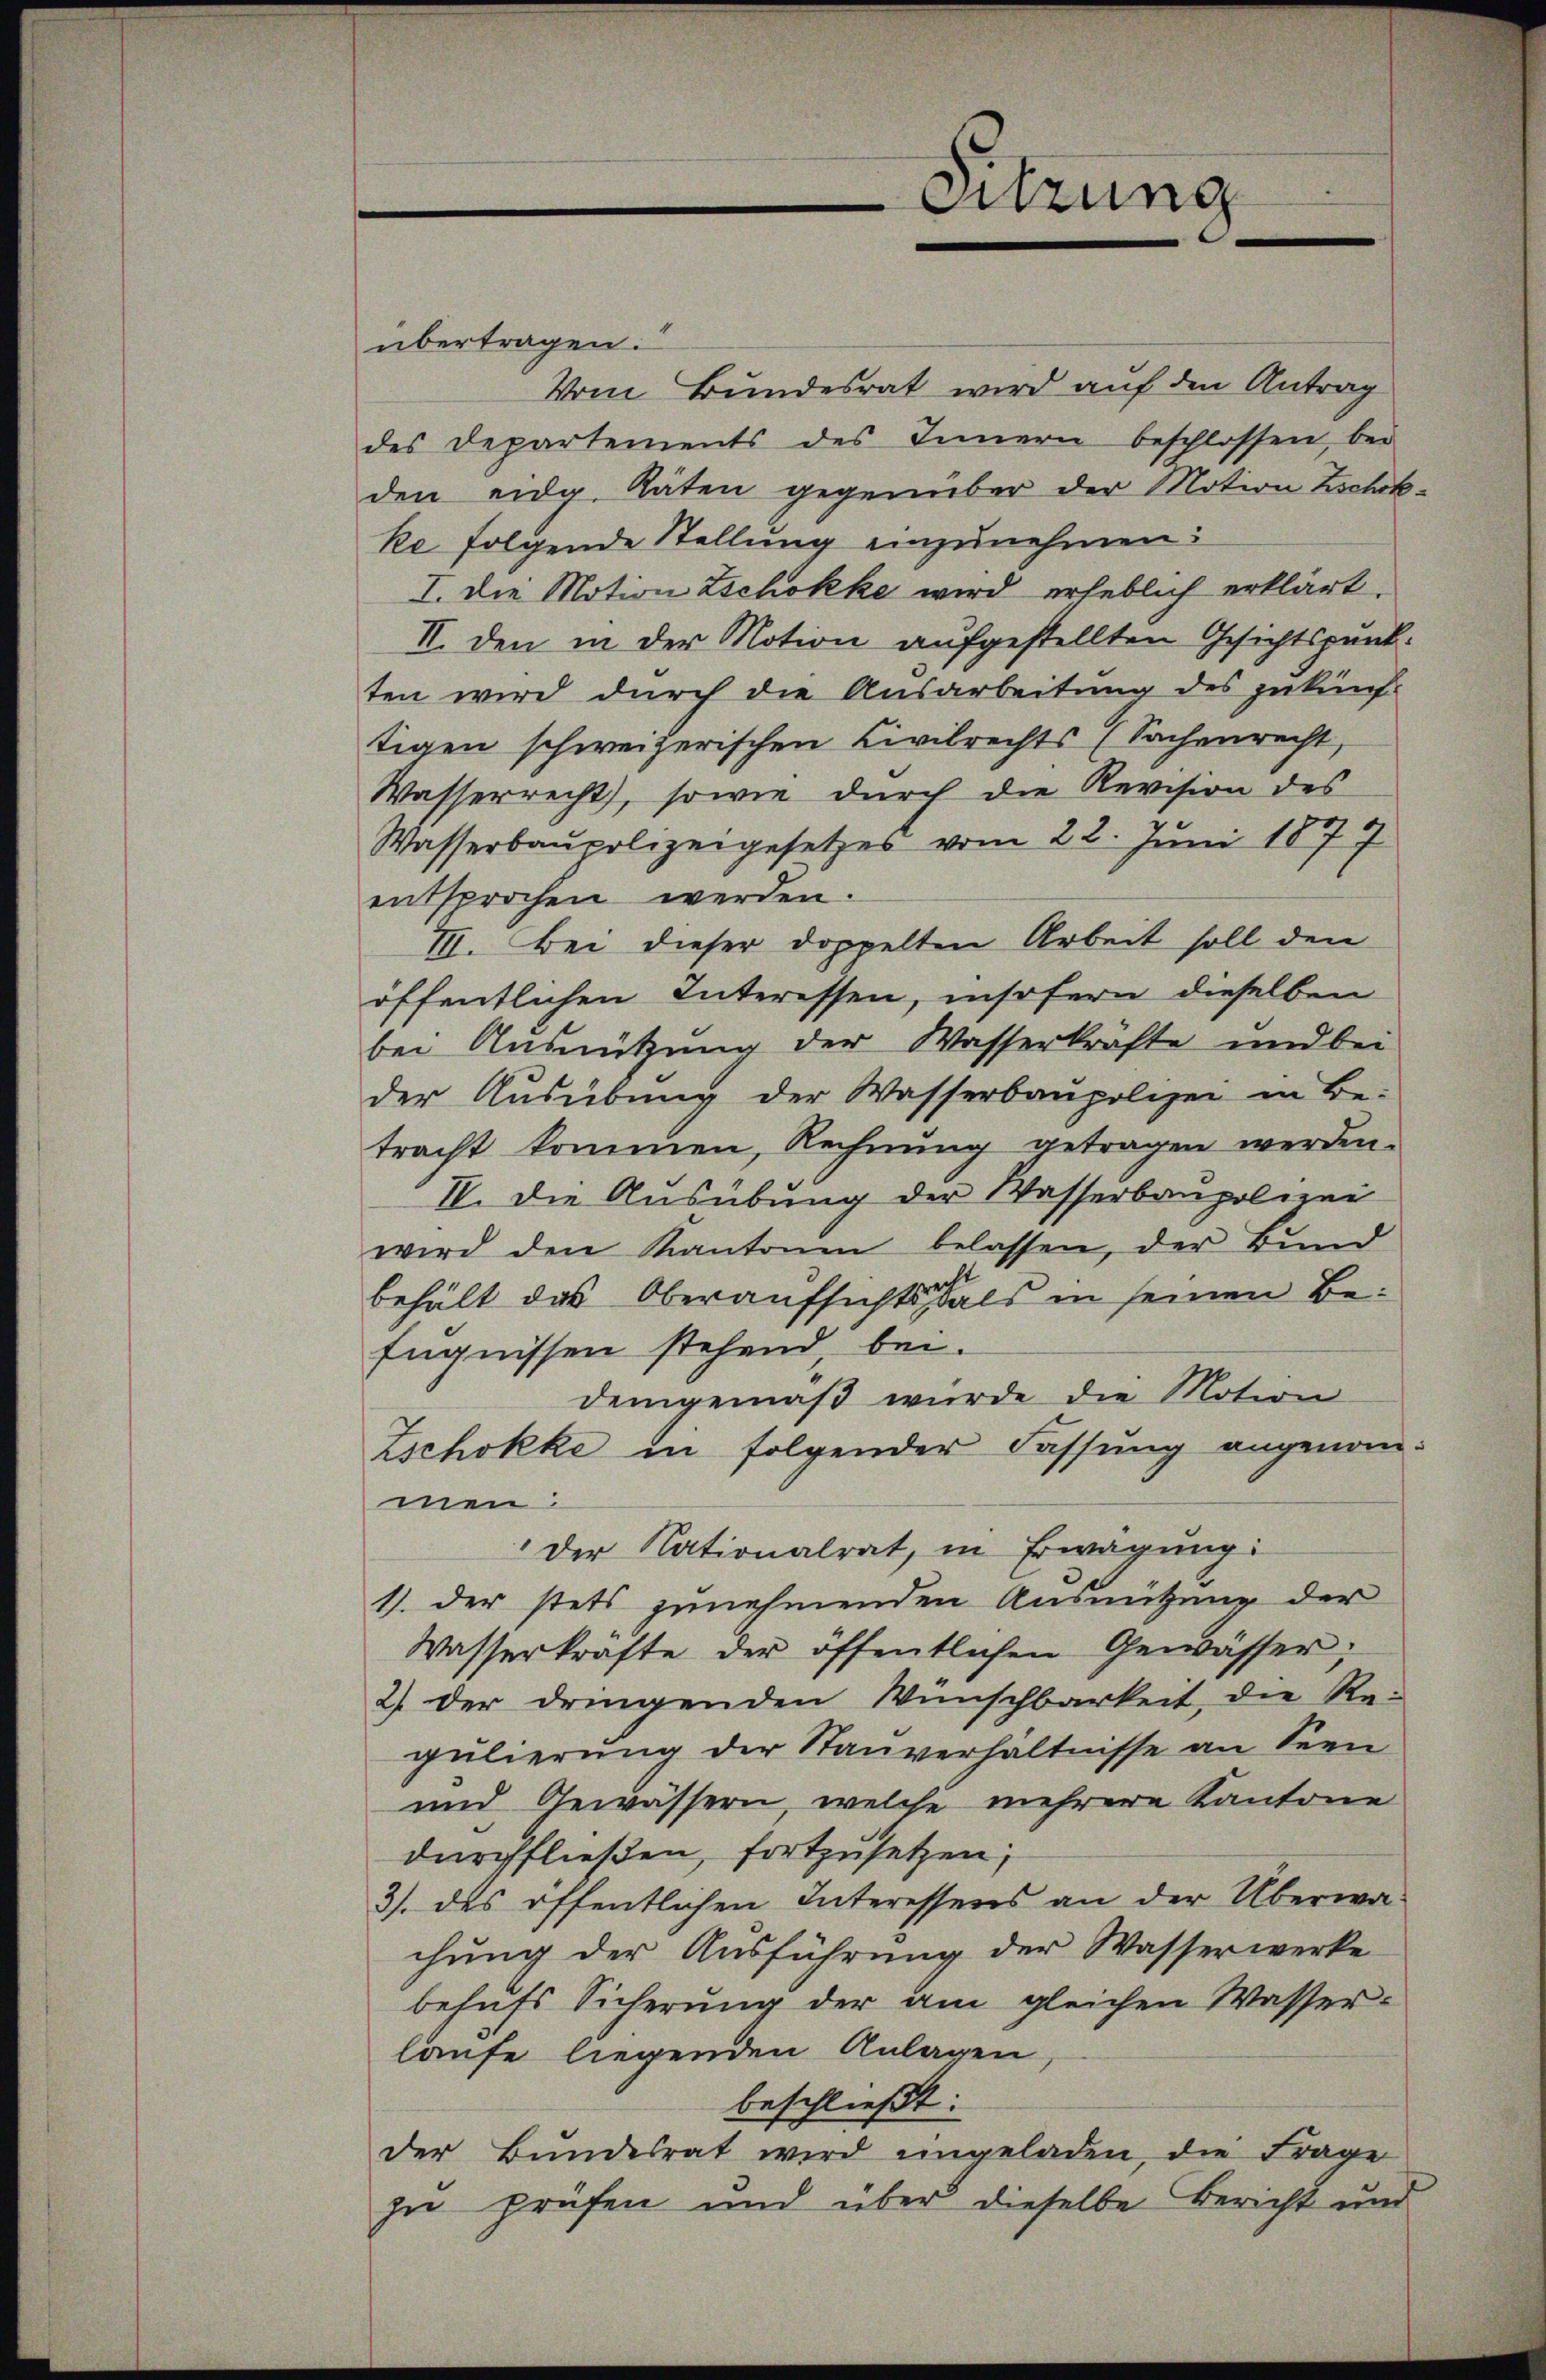
übertragen.
Vom Bundesrat wird auf den Antrag
des Departements des Innern beschlossen, bei
den eidg. Räten gegenüber der Motion Zichke folgende Stellung einzunehmen:
I. Die Motion Zschokke wird erheblich erklärt.
II. Den in der Notion aufgestellten Gesichtspunkten wird durch die Ausarbeitung des zukünft
tigen schweizerischen Civilrechts (Sachenrecht,
Wasserrecht, sowie durch die Revision des
Wasserbaupolizeigesetzes vom 22. Juni 1877
entsprochen werden.
VII. Bei dieser doppelten Arbeit soll den
öffentlichen Interessen, insofern dieselben
bei Ausnützung der Wasserkrafte und bei
der Aŭsübŭng der Wasserbaupolizei in Be-
tracht kommen, Rechnung getragen werden.
IV. Die Ausübung der Wasserbaupoliei
wird den Kantonen belassen, der Bund
behält das Oberaufsichts als in seinen Befugnissen stehend bei.
demgemäß wurde die Motion
Zschokke in folgender Fassŭng angenommen:
Der Nationalrat, in Erwägung:
1). Der stets zunehmenden Ausnützung der
Wasserkrafte der öffentlichen Gewässer;
2) der dringenden Wünschbarkeit, die Re-
gulierung der Stanverhältnisse an Seen
und Gewässern, welche mehrere Kantone
durchfließen, fortzusetzen;
3/. des öffentlichen Interessens an der Überwa-
chung der Ausführung der Wasserwerke
behŭfs Sicherŭng der am gleichen Wasser-
laufe liegenden Anlagen
beschließt:
der Bundesrat wird angeladen, die Frage
zu prüfen und über dieselbe Bericht und

Sitzung